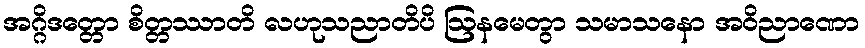
အဂ္ဂိဒတ္တော စိတ္တဿာတိ လဟုသညာတိပိ ဩနမေတွာ သမာသနော အဝိညာဏော